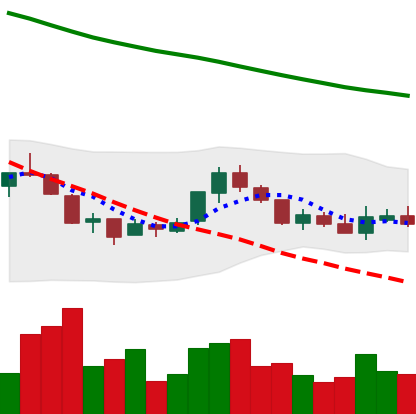
Ticker: NEO-USD
Chart end date: 2018-07-26
Forward return: -9.576%
Label: down_7plus